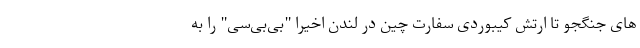
های جنگجو تا ارتش کیبوردی سفارت چین در لندن اخیرا "بی‌بی‌سی" را به